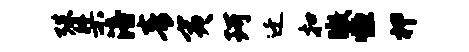
殊桀涪青夷珂迁扣瞰恒柙